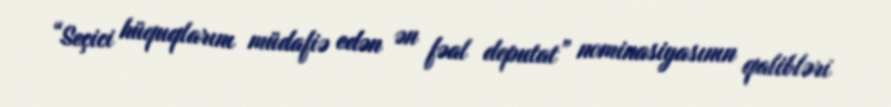
“Seçici hüquqlarını müdafiə edən ən fəal deputat” nominasiyasının qalibləri